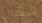
الاهي